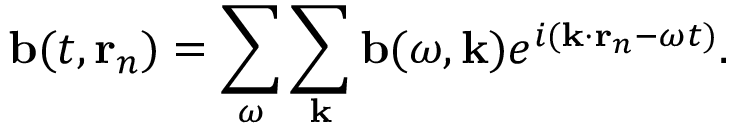
\mathbf { b } ( t , \mathbf { r } _ { n } ) = \sum _ { \omega } \sum _ { \mathbf { k } } \mathbf { b } ( \omega , \mathbf { k } ) e ^ { i ( \mathbf { k } \cdot \mathbf { r } _ { n } - \omega t ) } .